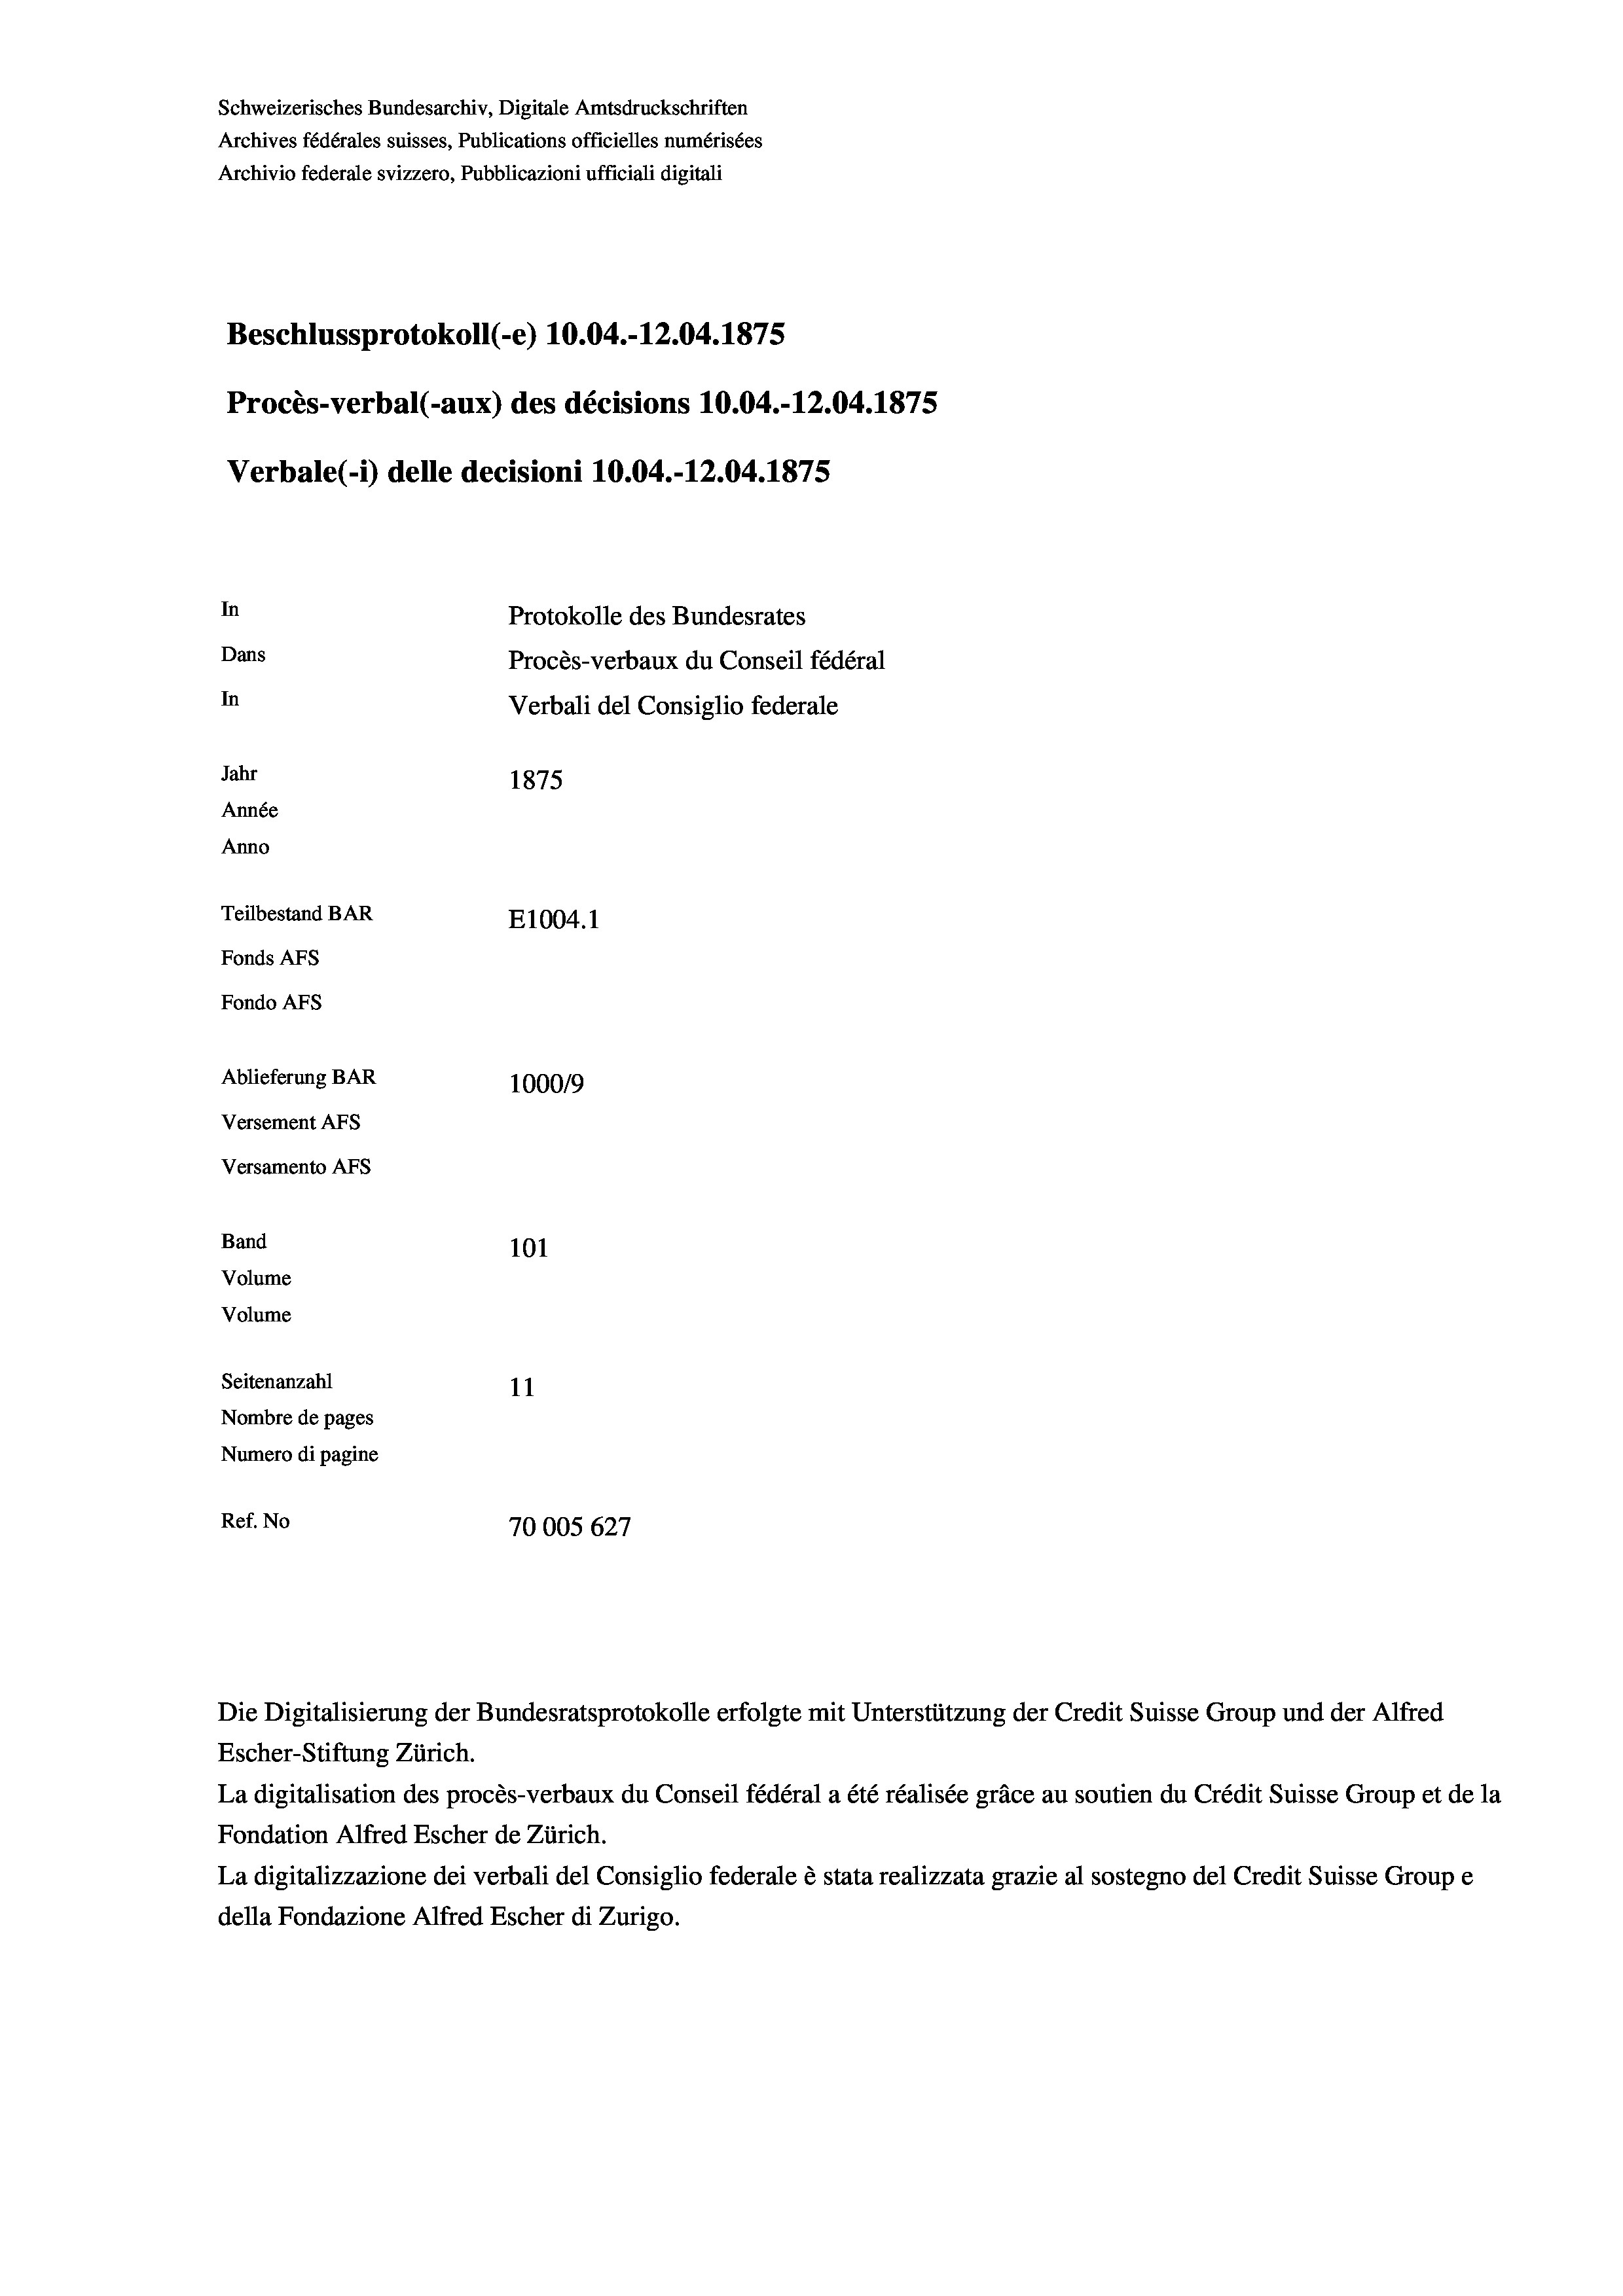
Schweizerisches Bundesarchiv, Digitale Amtsdruckschriften
Archives fédérales suisses, Publications officielles numérisées
Archivio federale svizzero, Pubblicazioni ufficiali digitali
Beschlussprotokoll (-e) 10.04.-12.04. 1875
Procès-verbal (-aux) des décisions 10.04.-12.04.1875
Verbale (1) delle decisioni 10.04.-12.04. 1875
In
Protokolle des Bundesrates
Dans
Procès-verbaux du Conseil fédéral
In
Verbali del Consiglio federale
Jahr
1875
Année
Anno
Teilbestand BAR
E1004. 1
Fonds AFs
Fondo Afs
Ablieferung BAR
100019
Versement AFs
Versamento Afs

101
Volume
Volume
Seitenanzahl
11
Nombre de pages
Numero di pagine
Ref. No
10005 627

Band

Die Digitalisierung der Bundesratsprotokolle erfolgte mit Unterstützung der Credit Suisse Group und der Alfred
Escher-Stiftung Zürich.
La digitalisation des procès-verbaux du Conseil fédéral a été réalisée gräce au soutien du Crédit Suisse Group et de la
Fondation Alfred Escher de Zürich.
La digitalizzazione dei verbali del Consiglio federale è stata realizzata grazie al sostegno del Credit Suisse Groupe
della Fondazione Alfred Escher di Zurigo.